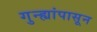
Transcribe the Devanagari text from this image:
गुन्ह्यांपासून